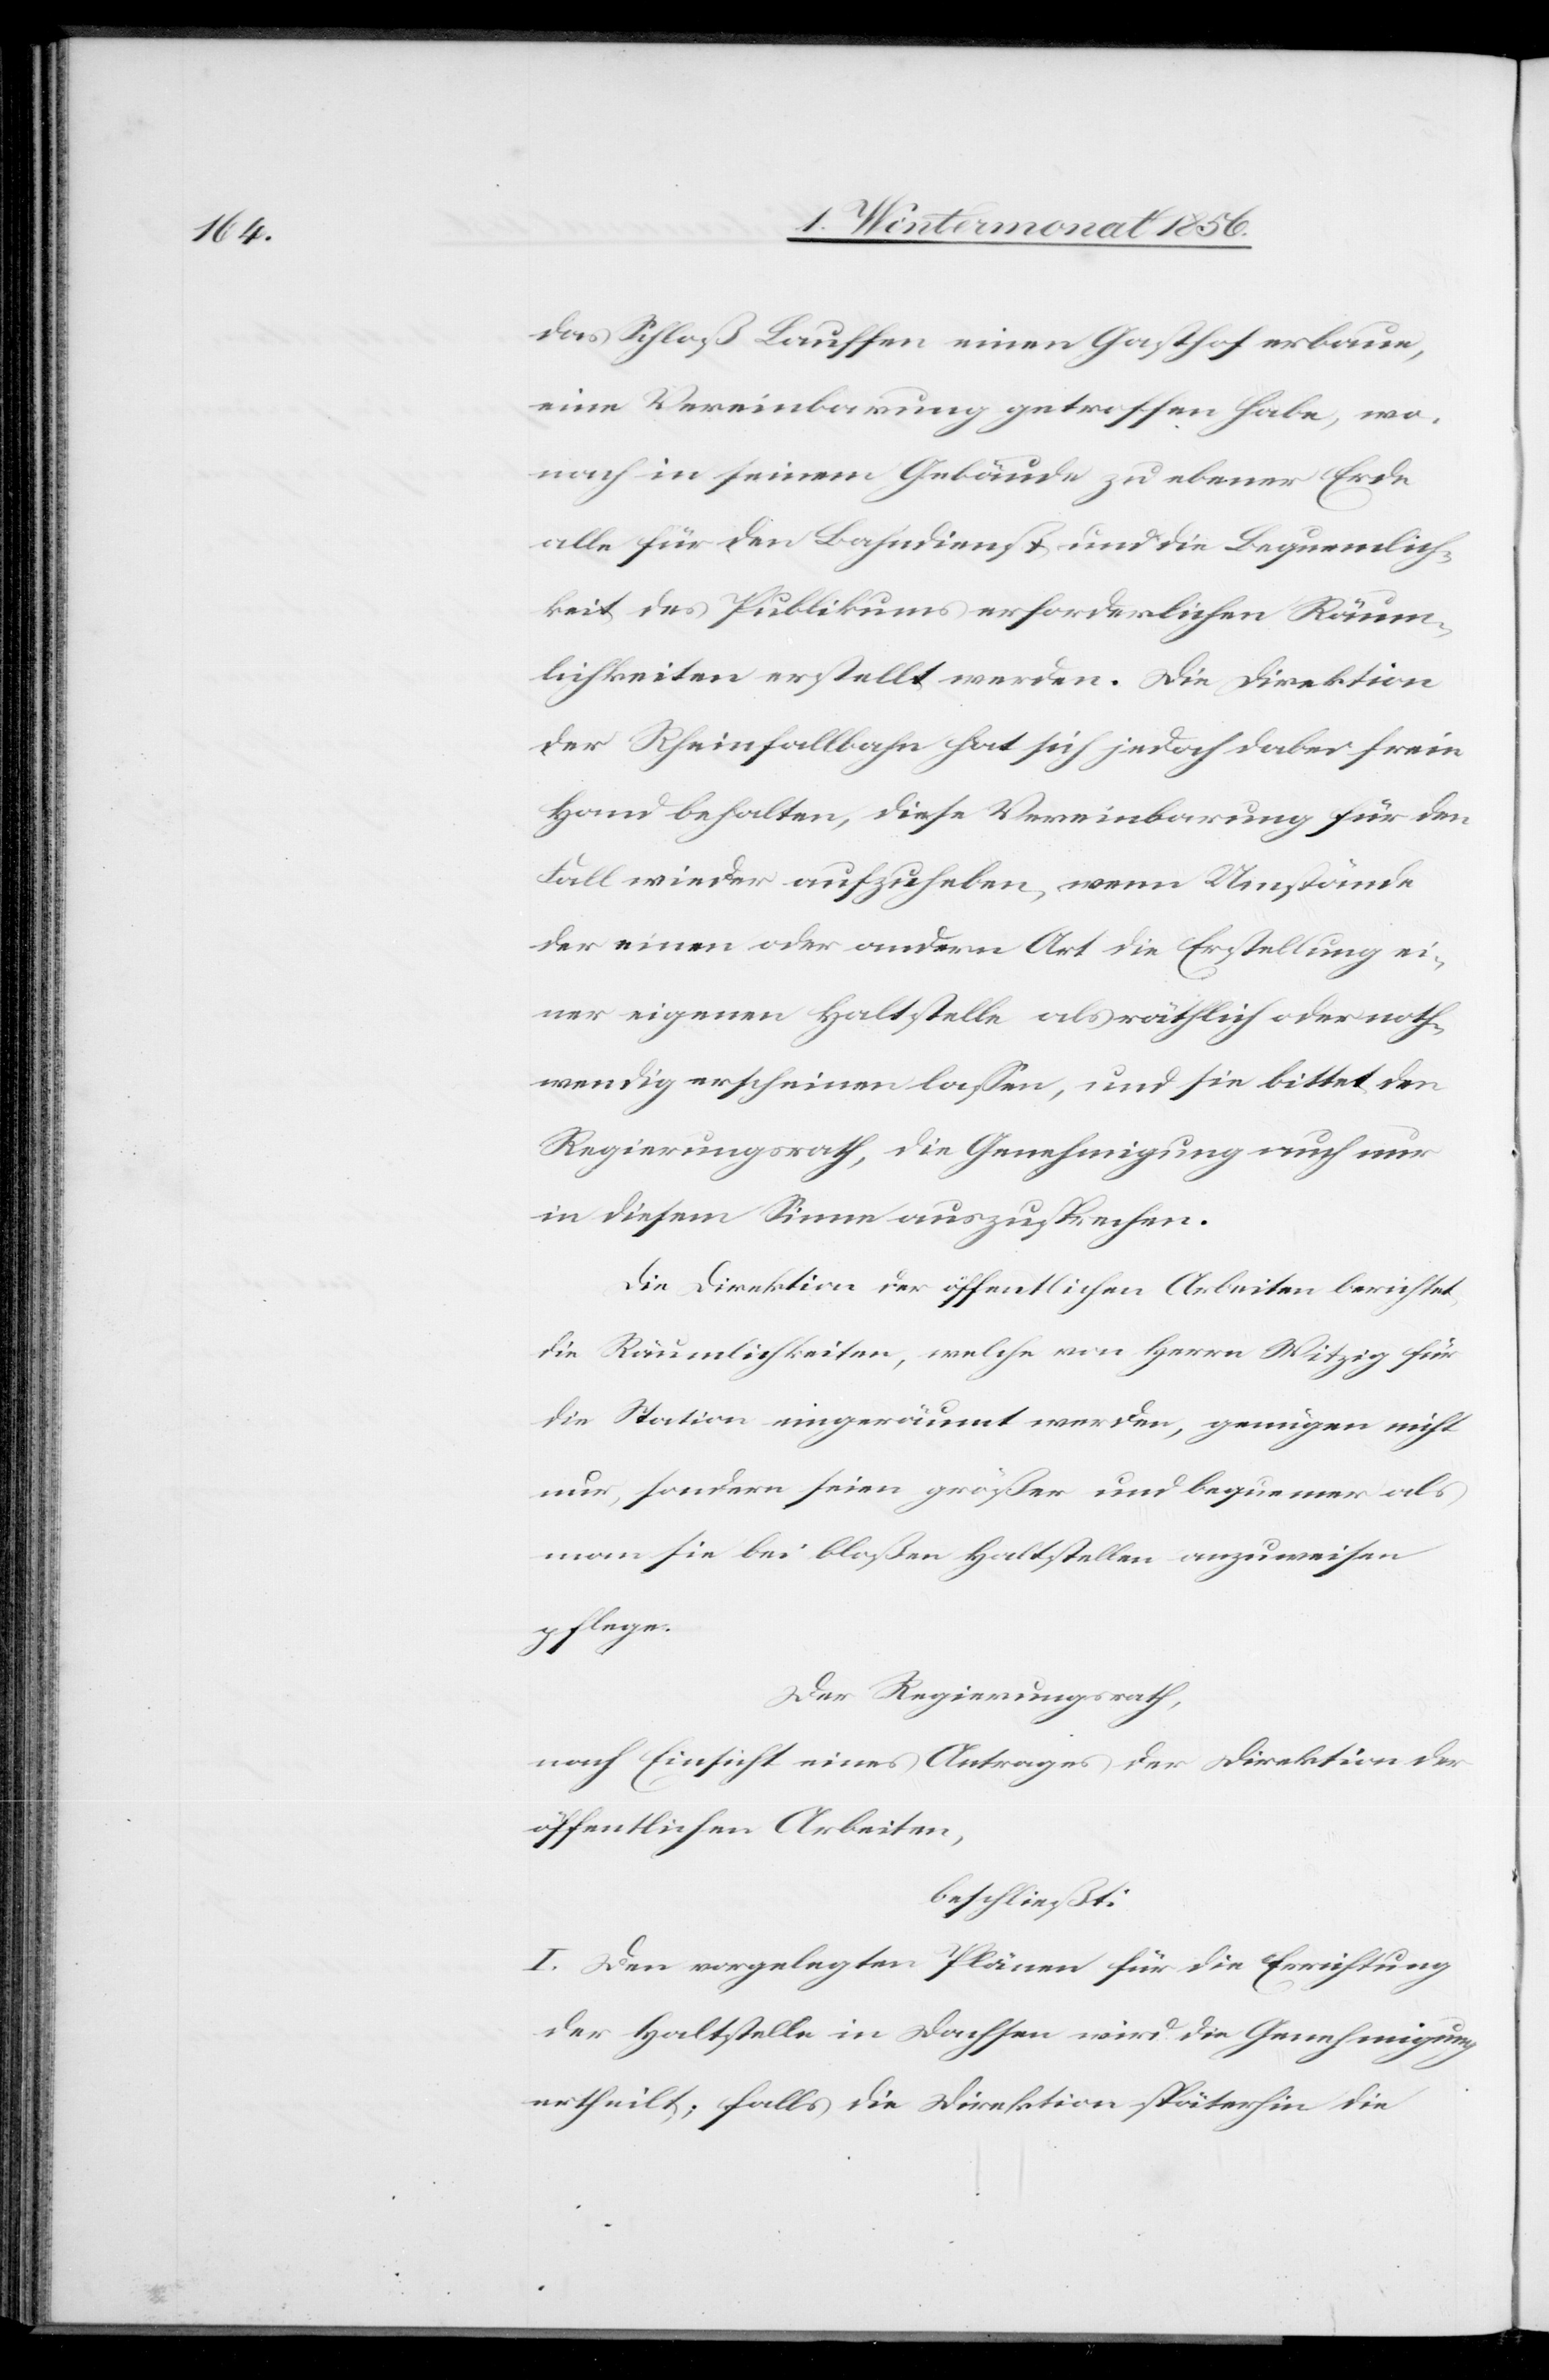
das Schloß Lauffen einen Gasthof erbaue,
eine Vereinbarung getroffen habe, wo¬
nach in seinem Gebäude zu ebener Erde
alle für den Bahndienst und die Bequemlich¬
keit des Publikums erforderlichen Räum¬
lichkeiten erstellt werden. Die Direktion
der Rheinfallbahn hat sich jedoch dabei freie
Hand behalten, diese Vereinbarung für den
Fall wieder aufzuheben, wenn Umstände
der einen oder andern Art die Erstellung ei¬
ner eigenen Haltstelle als räthlich oder noth¬
wendig erscheinen lassen, und sie bittet den
Regierungsrath, die Genehmigung auch nur
in diesem Sinne auszusprechen.
Die Direktion der öffentlichen Arbeiten berichtet
die Räumlichkeiten, welche von Herrn Witzig für
die Station eingeräumt werden, genügen nicht
nur, sondern seien größer und bequemer als
man sie bei bloßen Haltstellen anzuweisen
pflege.
Der Regierungsrath,
nach Einsicht eines Antrages der Direktion der
öffentlichen Arbeiten,
beschließt:
I. Den vorgelegten Plänen für die Errichtung
der Haltstelle in Dachsen wird die Genehmigung
ertheilt; falls die Direktion späterhin die